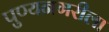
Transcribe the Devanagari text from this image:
पुण्यनगरीला